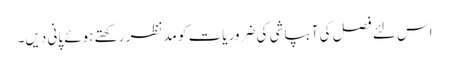
اس لئے فصل کی آبپاشی کی ضروریات کو مدنظر رکھتے ہوئے پانی دیں۔